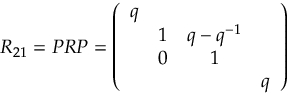
R _ { 2 1 } = P R P = \left( \begin{array} { c c c c } { { q } } & { { } } & { { } } & { { } } \\ { { } } & { { 1 } } & { { q - q ^ { - 1 } } } & { { } } \\ { { } } & { { 0 } } & { { 1 } } & { { } } \\ { { } } & { { } } & { { } } & { { q } } \end{array} \right)